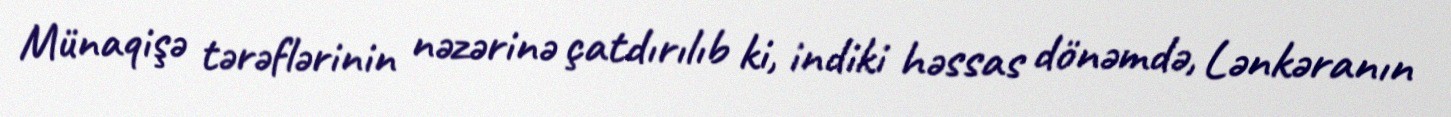
Münaqişə tərəflərinin nəzərinə çatdırılıb ki, indiki həssas dönəmdə, Lənkəranın